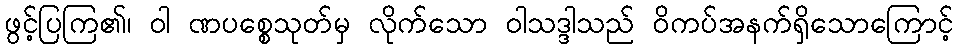
ဖွင့်ပြကြ၏၊ ဝါ ဏပစ္စေသုတ်မှ လိုက်သော ဝါသဒ္ဒါသည် ဝိကပ်အနက်ရှိသောကြောင့်